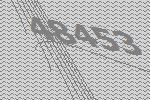
48453